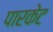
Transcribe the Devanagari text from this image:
पारकेट